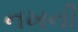
નખની